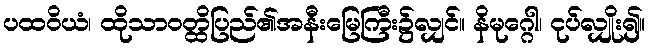
ပထဝိယံ၊ ထိုသာဝတ္ထိပြည်၏အနီးမြေကြီး၌လျှင်။ နိမုဂ္ဂေါ၊ ငုပ်လျှိုး၍။